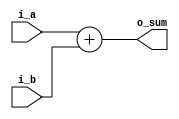
module Add #(
	parameter ADDR_W = 64,
	parameter INST_W = 32,
	parameter DATA_W = 64
)(
    input  [DATA_W-1:0] i_a,
    input  [DATA_W-1:0] i_b,
    output [DATA_W-1:0] o_sum
);

    assign o_sum = i_a + i_b;

endmodule